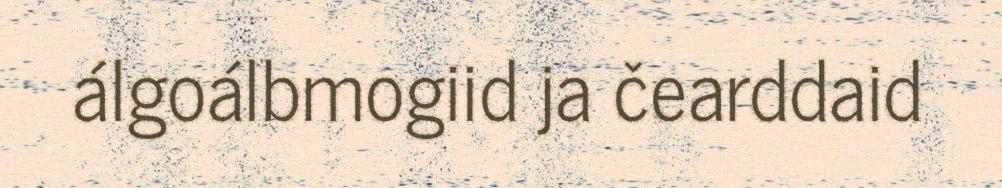
álgoálbmogiid ja čearddaid